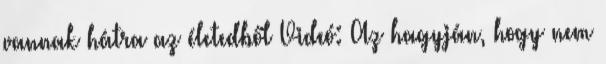
vannak hátra az életedből Videó: Az hagyján, hogy nem